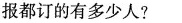
报都订的有多少人?